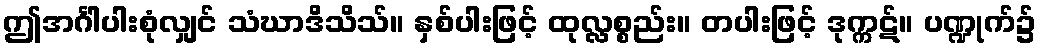
ဤအင်္ဂါပါးစုံလျှင် သံဃာဒိသိသ်။ နှစ်ပါးဖြင့် ထုလ္လစ္စည်း။ တပါးဖြင့် ဒုက္ကဋ်။ ပဏ္ဍုက်၌